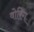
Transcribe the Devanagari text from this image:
वोरिंग